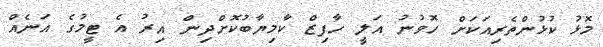
މޮޅު ކުޅުންތެރިއަކަށް ހޮވުނު އަލީ ހާފިޒް ކާމިޔާބުކޮށްދިން އިރު އެ ޓީމުގެ އަނެއް